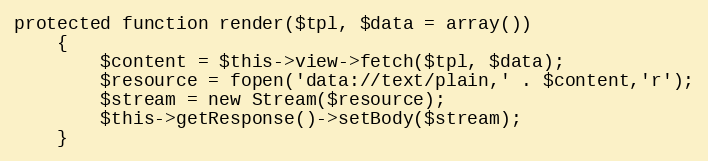
Language: PHP
protected function render($tpl, $data = array())
    {
        $content = $this->view->fetch($tpl, $data);
        $resource = fopen('data://text/plain,' . $content,'r');
        $stream = new Stream($resource);
        $this->getResponse()->setBody($stream);
    }